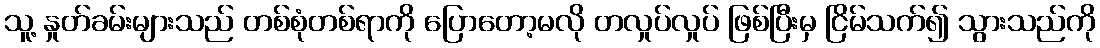
သူ့ နှုတ်ခမ်းများသည် တစ်စုံတစ်ရာကို ပြောတော့မလို တလှုပ်လှုပ် ဖြစ်ပြီးမှ ငြိမ်သက်၍ သွားသည်ကို